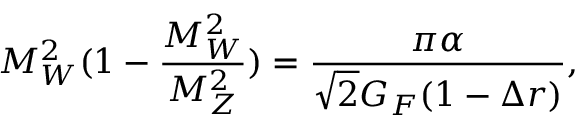
M _ { W } ^ { 2 } ( 1 - { \frac { M _ { W } ^ { 2 } } { M _ { Z } ^ { 2 } } } ) = { \frac { \pi \alpha } { \sqrt { 2 } G _ { F } ( 1 - \Delta r ) } } ,